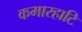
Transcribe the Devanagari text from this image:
कमारहाटि